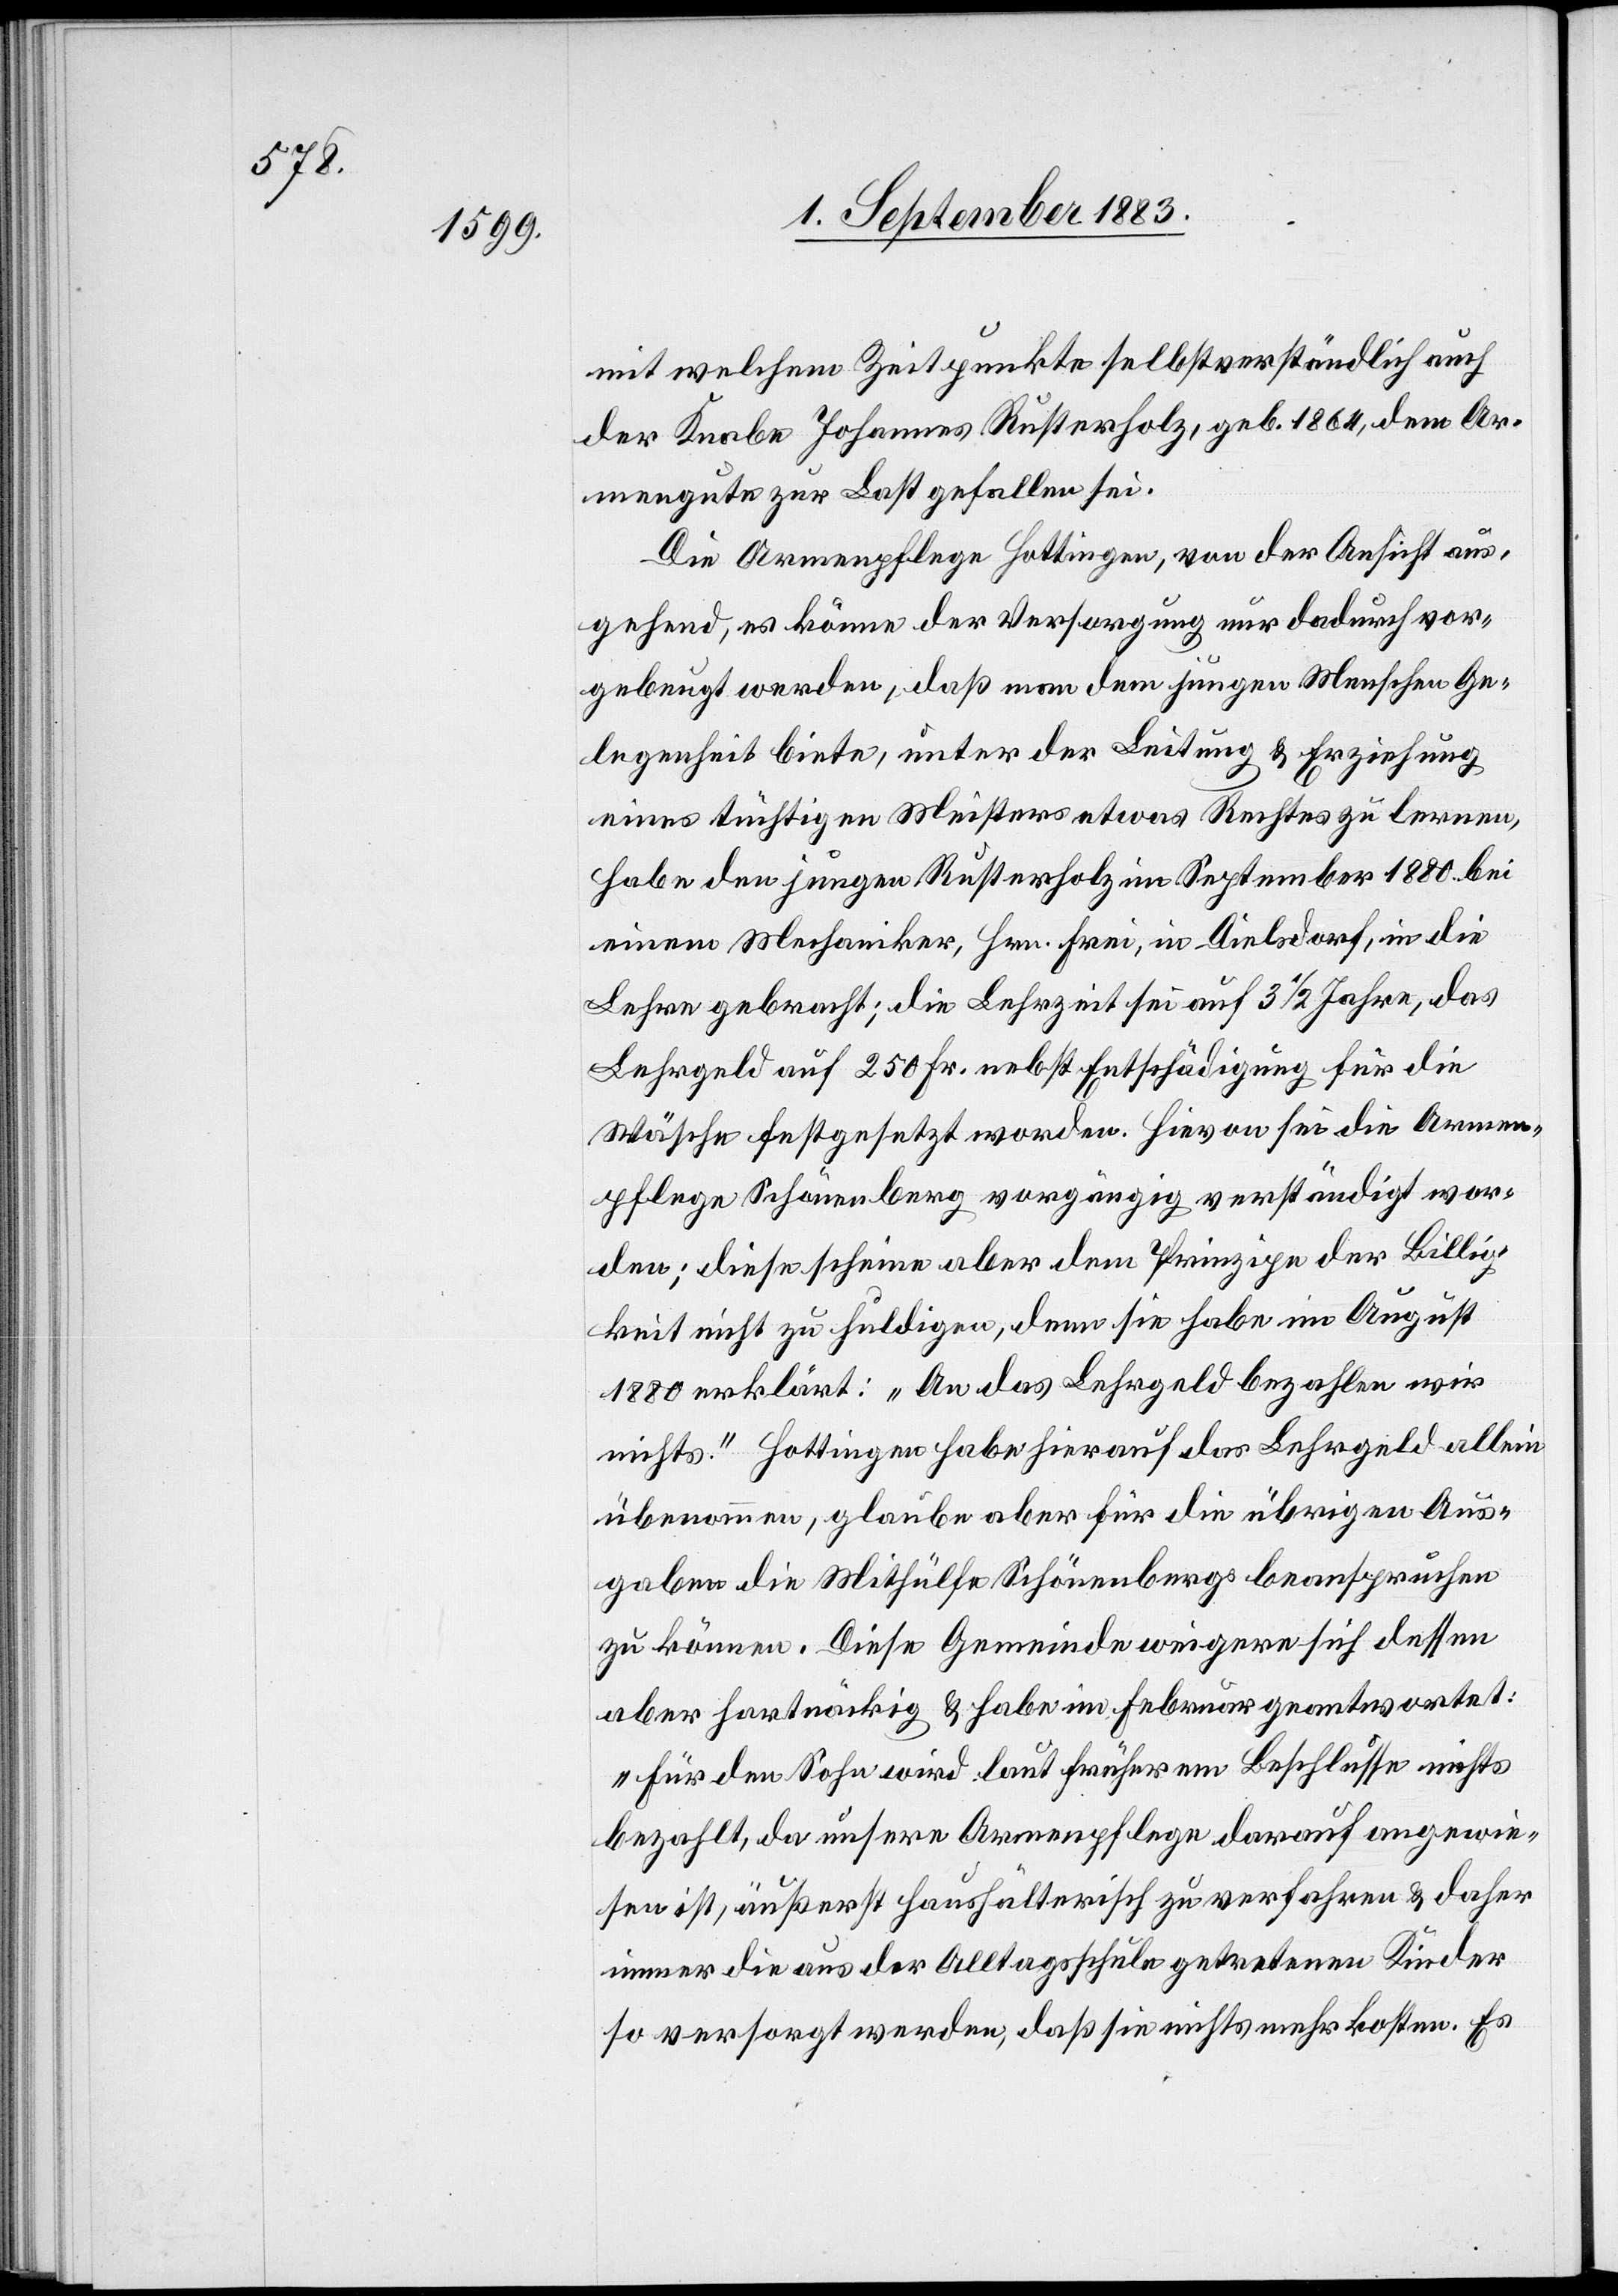
mit welchem Zeitpunkte selbstverständlich auch
der Knabe Johannes Rusterholz, geb. 1864, dem Ar¬
mengute zur Last gefallen sei.
Die Armenpflege Hottingen, von der Ansicht aus¬
gehend, es könne der Versorgung nur dadurch vor¬
gebeugt werden, daß man dem jungen Menschen Ge¬
legenheit biete, unter der Leitung & Erziehung
eines tüchtigen Meisters etwas Rechtes zu lernen,
habe den jungen Rusterholz im September 1880 bei
einem Mechaniker, Hrn. Frei, in Dielsdorf, in die
Lehre gebracht; die Lehrzeit sei auf 3 1/2 Jahre, das
Lehrgeld auf 250 Fr. nebst Entschädigung für die
Wäsche festgesetzt worden. Hievon sei die Armen¬
pflege Schönenberg vorgängig verständigt wor¬
den; diese scheine aber dem Prinzipe der Billig¬
keit nicht zu huldigen, denn sie habe im August
1880 erklärt: „An das Lehrgeld bezahlen wir
nichts.“ Hottingen habe hierauf das Lehrgeld allein
übernommen, glaube aber für die übrigen Aus¬
gaben die Mithülfe Schönenbergs beanspruchen
zu können. Diese Gemeinde weigere sich dessen
aber hartnäckig & habe im Februar geantwortet:
„Für den Sohn wird laut früherem Beschlusse nichts
bezahlt, da unsere Armenpflege darauf angewie¬
sen ist, äußerst haushälterisch zu verfahren & daher
immer die aus der Alltagsschule getretenen Kinder
so versorgt werden, daß sie nichts mehr kosten. Es